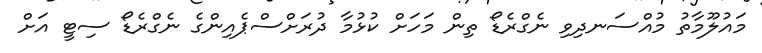
މައުލޫމާތު މުއްސަނދިވި ނެގްރެޑޯ ތިން މަހަށް ކުޅުމާ ދުރަށްސްޕެއިންގެ ނެގްރެޑޯ ސިޓީ އަށް